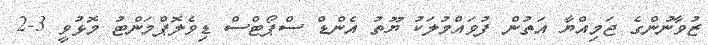
ޒުވާނުންގެ ޖަމިއްޔާ އަތުން ފުވައްމުލަކު ޔޫތު އެންޑް ސްޕޯޓްސް ޑިވެލޮޕްމަންޓު މޮޅުވީ 3-2